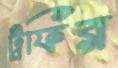
ট্রফির